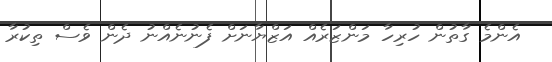
އެންމެ ގާތުން ހުރިހާ މަންޒަރެއް އަޒްޔާނަށް ފެނުނެއްނު ދެން ވެސް ތިކުރާ